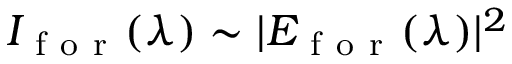
I _ { \mathrm { ~ f ~ o ~ r ~ } } ( \lambda ) \sim | E _ { \mathrm { ~ f ~ o ~ r ~ } } ( \lambda ) | ^ { 2 }